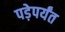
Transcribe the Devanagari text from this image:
पड़ेपर्यंत